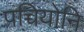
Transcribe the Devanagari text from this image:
पच्चियोनि